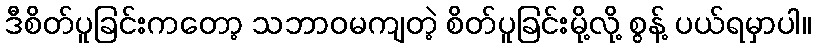
ဒီစိတ်ပူခြင်းကတော့ သဘာဝမကျတဲ့ စိတ်ပူခြင်းမို့လို့ စွန့် ပယ်ရမှာပါ။